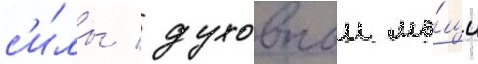
с'и́лы / духовнои мо́щи